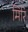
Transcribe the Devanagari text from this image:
मिरि